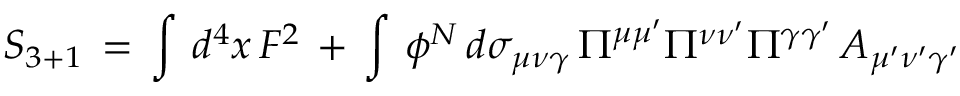
S _ { 3 + 1 } \, = \, \int \, d ^ { 4 } x \, F ^ { 2 } \, + \, \int \, \phi ^ { N } \, d \sigma _ { \mu \nu \gamma } \, \Pi ^ { \mu \mu ^ { \prime } } \Pi ^ { \nu \nu ^ { \prime } } \Pi ^ { \gamma \gamma ^ { \prime } } \, A _ { \mu ^ { \prime } \nu ^ { \prime } \gamma ^ { \prime } }